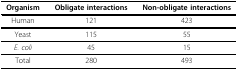
<table><thead><tr><td><b>Organism</b></td><td><b>Obligate interactions</b></td><td><b>Non-obligate interactions</b></td></tr></thead><tbody><tr><td>Human</td><td>121</td><td>423</td></tr><tr><td>Yeast</td><td>115</td><td>55</td></tr><tr><td><i>E. coli</i></td><td>45</td><td>15</td></tr><tr><td>Total</td><td>280</td><td>493</td></tr></tbody></table>